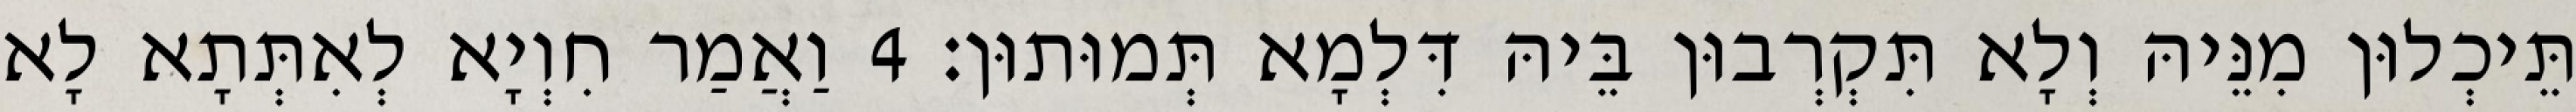
תֵּיכְלוּן מִנֵּיהּ וְלָא תִּקְרְבוּן בֵּיהּ דִּלְמָא תְּמוּתוּן׃ 4 וַאֲמַר חִוְיָא לְאִתְּתָא לָא